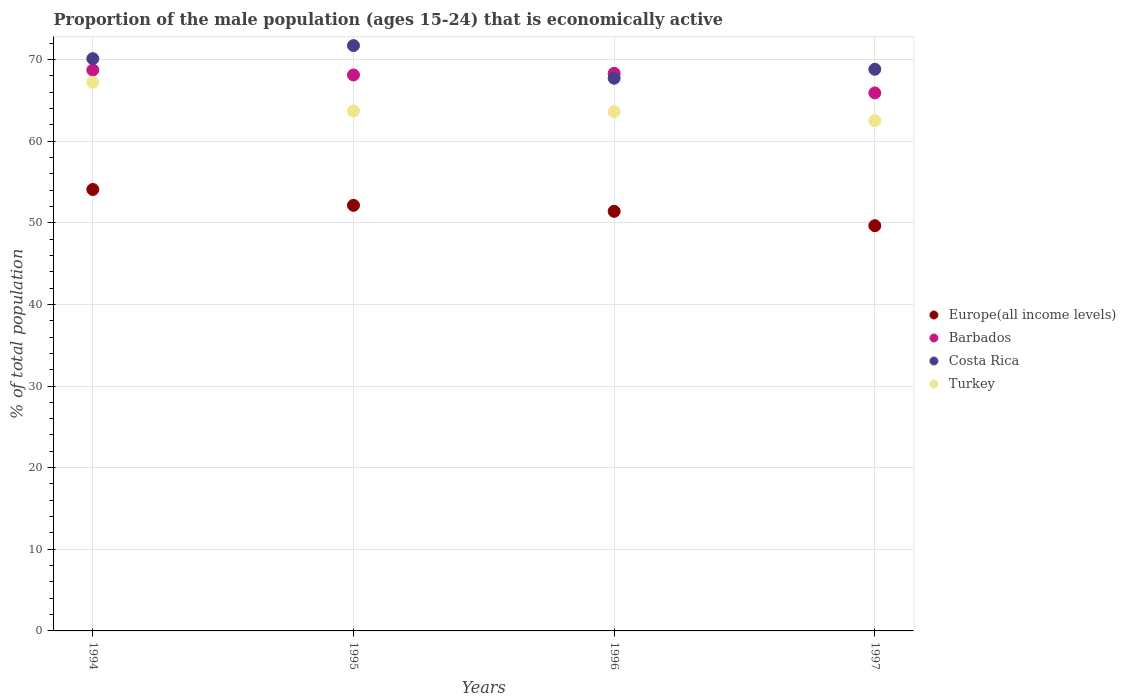
| Years | Europe(all income levels) | Barbados | Costa Rica | Turkey |
 | --- | --- | --- | --- | --- |
 | 1994 | 54.1 | 68.7 | 70.1 | 67.2 |
 | 1995 | 52.1 | 68.1 | 71.7 | 63.7 |
 | 1996 | 51.4 | 68.3 | 67.7 | 63.6 |
 | 1997 | 49.6 | 65.9 | 68.8 | 62.5 |